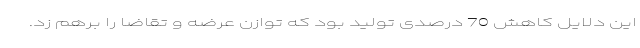
این دلایل کاهش 70 درصدی تولید بود که توازن عرضه و تقاضا را برهم زد.